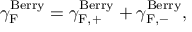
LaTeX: { \gamma } _ { \mathrm { F } } ^ { \mathrm { B e r r y } } = { \gamma } _ { \mathrm { F , + } } ^ { \mathrm { B e r r y } } + { \gamma } _ { \mathrm { F , - } } ^ { \mathrm { B e r r y } } ,